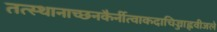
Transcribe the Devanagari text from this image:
तत्स्थानाच्छनकैर्नीत्वाकदाचिज्जाह्नवीजले